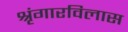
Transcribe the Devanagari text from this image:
श्रृंगारविलास